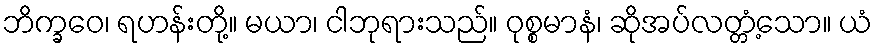
ဘိက္ခဝေ၊ ရဟန်းတို့။ မယာ၊ ငါဘုရားသည်။ ဝုစ္စမာနံ၊ ဆိုအပ်လတ္တံ့သော။ ယံ